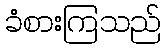
ခံစားကြသည်